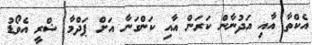
އެކްތާ އާއި އަދުނާން ކަރަން އާއި ކަންގަނާ އަށް ޕަދްމާ ޝްރީ އެވޯޑު